Indian journal of veterinary science and animal husbandry - Volume 11,
Year: 1941
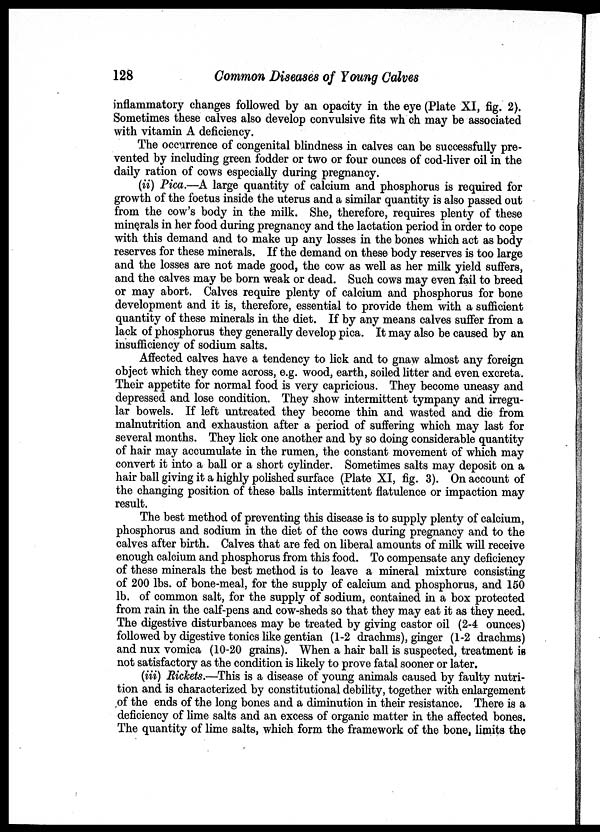
128
Common Diseases of Young Calves
inflammatory changes followed by an opacity in the eye (Plate XI, fig. 2).
Sometimes these calves also develop convulsive fits which may be associated
with vitamin A deficiency.
The occurrence of congenital blindness in calves can be successfully pre-
vented by including green fodder or two or four ounces of cod-liver oil in the
daily ration of cows especially during pregnancy.
(ii) Pica.—A large quantity of calcium and phosphorus is required for
growth of the foetus inside the uterus and a similar quantity is also passed out
from the cow's body in the milk. She, therefore, requires plenty of these
minerals in her food during pregnancy and the lactation period in order to cope
with this demand and to make up any losses in the bones which act as body
reserves for these minerals. If the demand on these body reserves is too large
and the losses are not made good, the cow as well as her milk yield suffers,
and the calves may be born weak or dead. Such cows may even fail to breed
or may abort. Calves require plenty of calcium and phosphorus for bone
development and it is, therefore, essential to provide them with a sufficient
quantity of these minerals in the diet. If by any means calves suffer from a
lack of phosphorus they generally develop pica. It may also be caused by an
insufficiency of sodium salts.
Affected calves have a tendency to lick and to gnaw almost any foreign
object which they come across, e.g. wood, earth, soiled litter and even excreta.
Their appetite for normal food is very capricious. They become uneasy and
depressed and lose condition. They show intermittent tympany and irregu-
lar bowels. If left untreated they become thin and wasted and die from
malnutrition and exhaustion after a period of suffering which may last for
several months. They lick one another and by so doing considerable quantity
of hair may accumulate in the rumen, the constant movement of which may
convert it into a ball or a short cylinder. Sometimes salts may deposit on a
hair ball giving it a highly polished surface (Plate XI, fig. 3). On account of
the changing position of these balls intermittent flatulence or impaction may
result.
The best method of preventing this disease is to supply plenty of calcium,
phosphorus and sodium in the diet of the cows during pregnancy and to the
calves after birth. Calves that are fed on liberal amounts of milk will receive
enough calcium and phosphorus from this food. To compensate any deficiency
of these minerals the best method is to leave a mineral mixture consisting
of 200 lbs. of bone-meal, for the supply of calcium and phosphorus, and 150
lb. of common salt, for the supply of sodium, contained in a box protected
from rain in the calf-pens and cow-sheds so that they may eat it as they need.
The digestive disturbances may be treated by giving castor oil (2-4 ounces)
followed by digestive tonics like gentian (1-2 drachms), ginger (1-2 drachms)
and nux vomica (10-20 grains). When a hair ball is suspected, treatment is
not satisfactory as the condition is likely to prove fatal sooner or later.
(iii) Rickets.—This is a disease of young animals caused by faulty nutri-
tion and is characterized by constitutional debility, together with enlargement
of the ends of the long bones and a diminution in their resistance. There is a
deficiency of lime salts and an excess of organic matter in the affected bones.
The quantity of lime salts, which form the framework of the bone, limits the